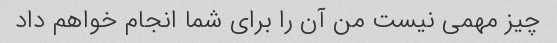
چیز مهمی نیست من آن را برای شما انجام خواهم داد